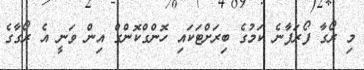
މި ރޯގާ ފޯރަފާނެ ކަމުގެ ބިރަށްޓަަކައި ހޮންގްކޮންގް އިން ވަނީ އެ ރޯގާގެ